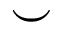
\smile